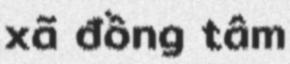
xã đồng tâm